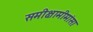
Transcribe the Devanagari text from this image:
समीक्षामीमांसा